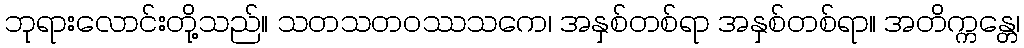
ဘုရားလောင်းတို့သည်။ သတသတဝဿသကေ၊ အနှစ်တစ်ရာ အနှစ်တစ်ရာ။ အတိက္ကန္တေ၊